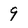
Character: 9